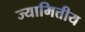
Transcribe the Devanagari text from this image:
ज्यामित्तीय